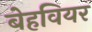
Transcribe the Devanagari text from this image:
बेहवियर